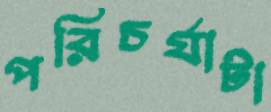
পরিচর্যাটা